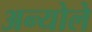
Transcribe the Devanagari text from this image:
अन्योले